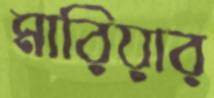
মারিয়ার